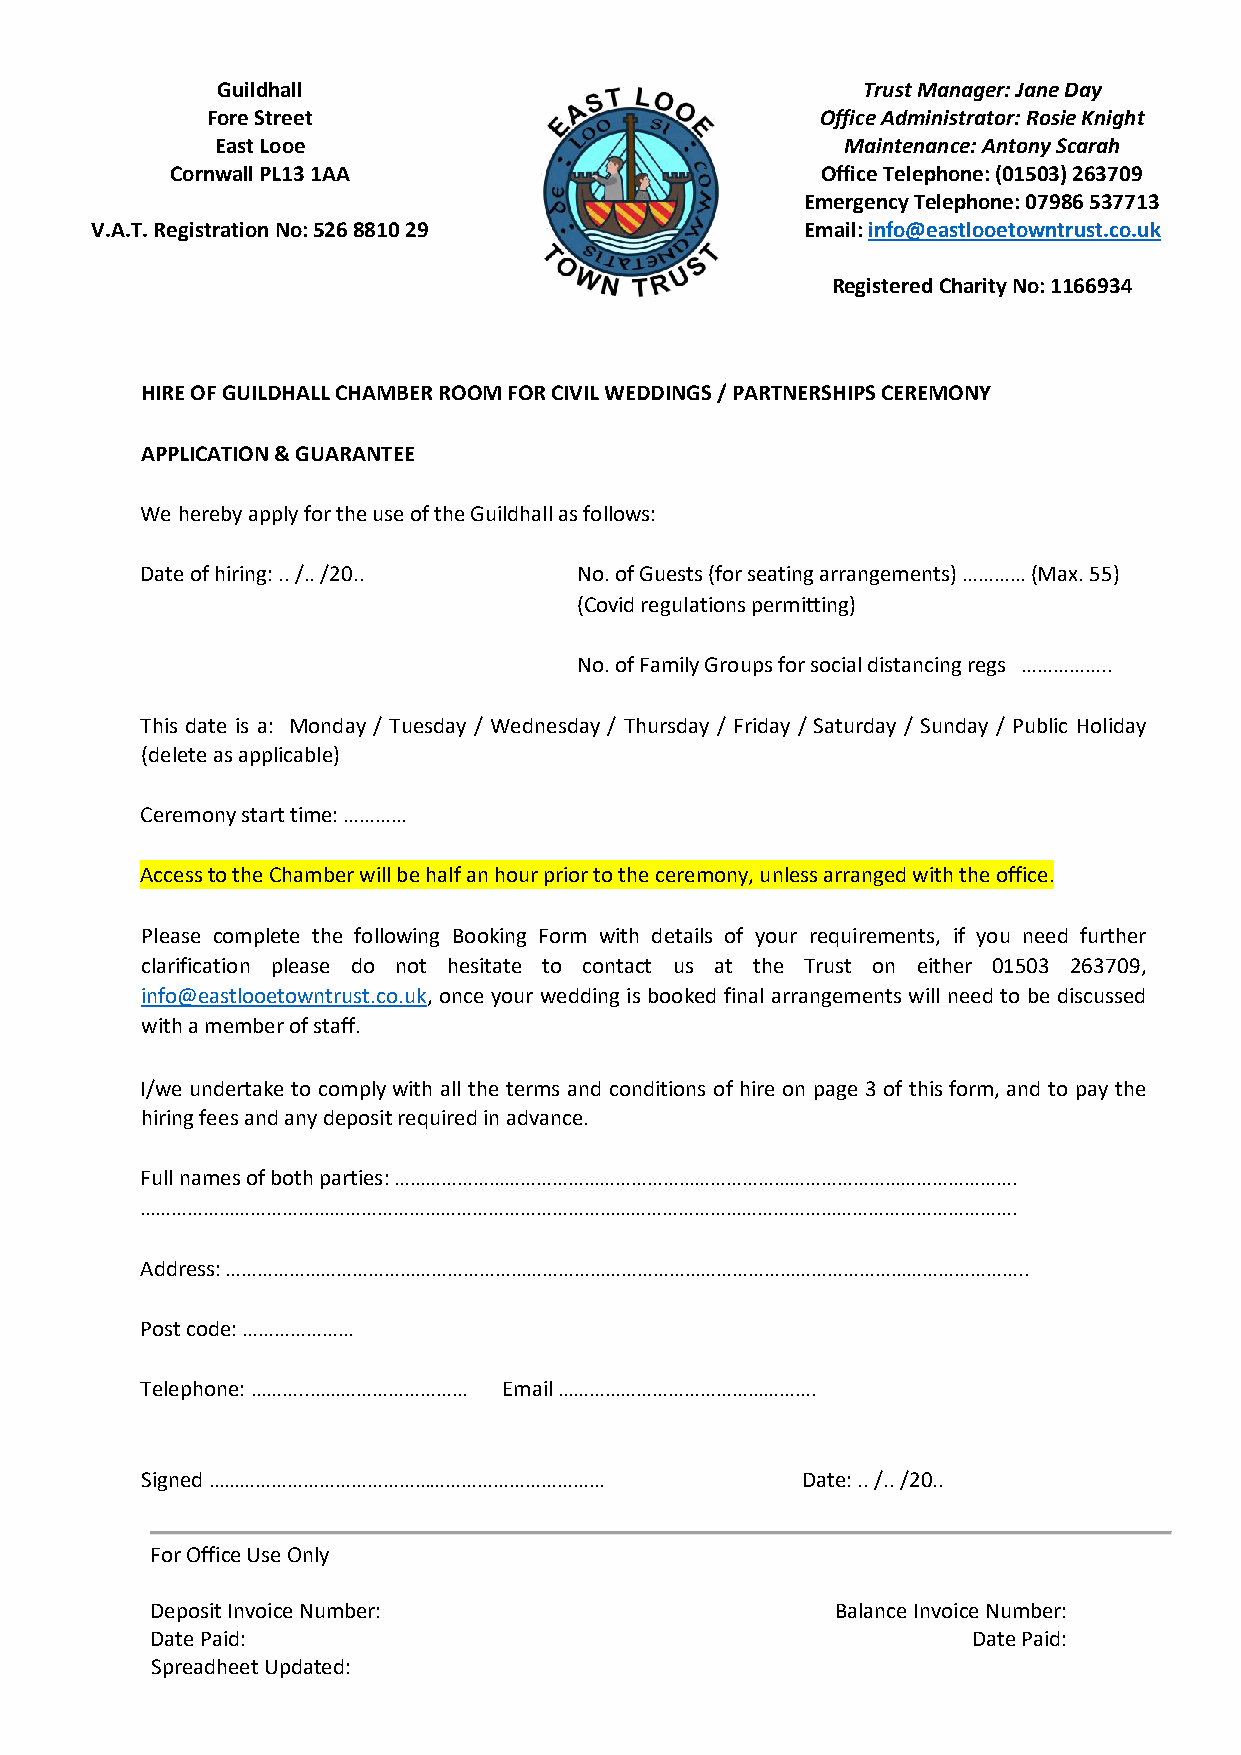
Guildhall                                  Trust Manager: Jane Day
 Fore Street                             Office Administrator: Rosie Knight
 East Looe                                 Maintenance: Antony Scarah
 Cornwall PL13 1AA                          Office Telephone: (01503) 263709
 Emergency Telephone: 07986 537713
 V.A.T. Registration No: 526 8810 29            Email: info@eastlooetowntrust.co.uk
 Registered Charity No: 1166934
 HIRE OF GUILDHALL CHAMBER ROOM FOR CIVIL WEDDINGS / PARTNERSHIPS CEREMONY
 APPLICATION & GUARANTEE
 We hereby apply for the use of the Guildhall as follows:
 Date of hiring: .. /.. /20.. No. of Guests (for seating arrangements) ………… (Max. 55)
 (Covid regulations permitting)
 No. of Family Groups for social distancing regs ……………..
 This date is a: Monday / Tuesday / Wednesday / Thursday / Friday / Saturday / Sunday / Public Holiday
 (delete as applicable)
 Ceremony start time: …………
 Access to the Chamber will be half an hour prior to the ceremony, unless arranged with the office.
 Please complete the following Booking Form with details of your requirements, if you need further
 clarification please do not hesitate to contact us at the Trust on either 01503 263709,
 info@eastlooetowntrust.co.uk, once your wedding is booked final arrangements will need to be discussed
 with a member of staff.
 I/we undertake to comply with all the terms and conditions of hire on page 3 of this form, and to pay the
 hiring fees and any deposit required in advance.
 Full names of both parties: ……………………………………………………………………………………………………….
 ………………………………………………………………………………………………………………………………………………….
 Address: ……………………………………………………………………………………………………………………………………..
 Post code: …………………
 Telephone: ………..………………………… Email ………………………………………….
 Signed …………………………………………………………………            Date: .. /.. /20..
 For Office Use Only
 Deposit Invoice Number:                      Balance Invoice Number:
 Date Paid:                                            Date Paid:
 Spreadheet Updated: